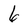
Character: 6